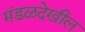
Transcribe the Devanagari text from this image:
मंडळदेखील